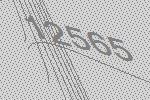
12565